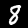
Label: 8